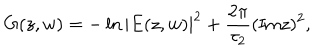
G ( z , w ) = - \ln { | E ( z , w ) | ^ { 2 } } + \frac { 2 \pi } { \tau _ { 2 } } ( \mathrm { I m } z ) ^ { 2 } ,